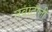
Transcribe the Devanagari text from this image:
नवाटोली